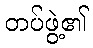
တပ်ဖွဲ့၏